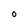
Character: 0